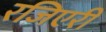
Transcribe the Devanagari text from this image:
रजिएरी